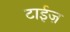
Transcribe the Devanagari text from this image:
टाईज़